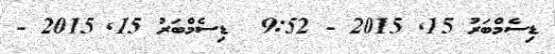
ޑިސެމްބަރު 15